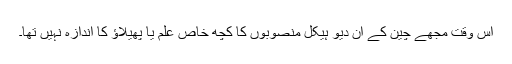
اس وقت مجھے چین کے ان دیو ہیکل منصوبوں کا کچھ خاص علم یا پھیلاؤ کا اندازہ نہیں تھا۔